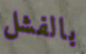
بالفشل